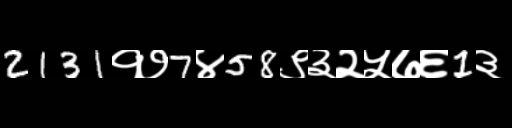
Text: 2131१७7४58९३२५७६1३